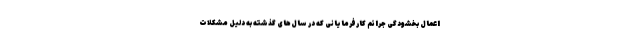
اعمال بخشودگی جرائم کارفرمایانی که در سال‌های گذشته به دلیل مشکلات